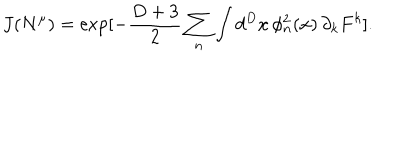
LaTeX: J ( N ^ { \mu } ) = \exp [ - \frac { D + 3 } { 2 } \sum _ { n } \int d ^ { D } x \, \phi _ { n } ^ { 2 } ( x ) \, \partial _ { k } F ^ { k } ] .